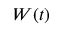
W ( t )